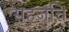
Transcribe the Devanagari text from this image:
सहजचि